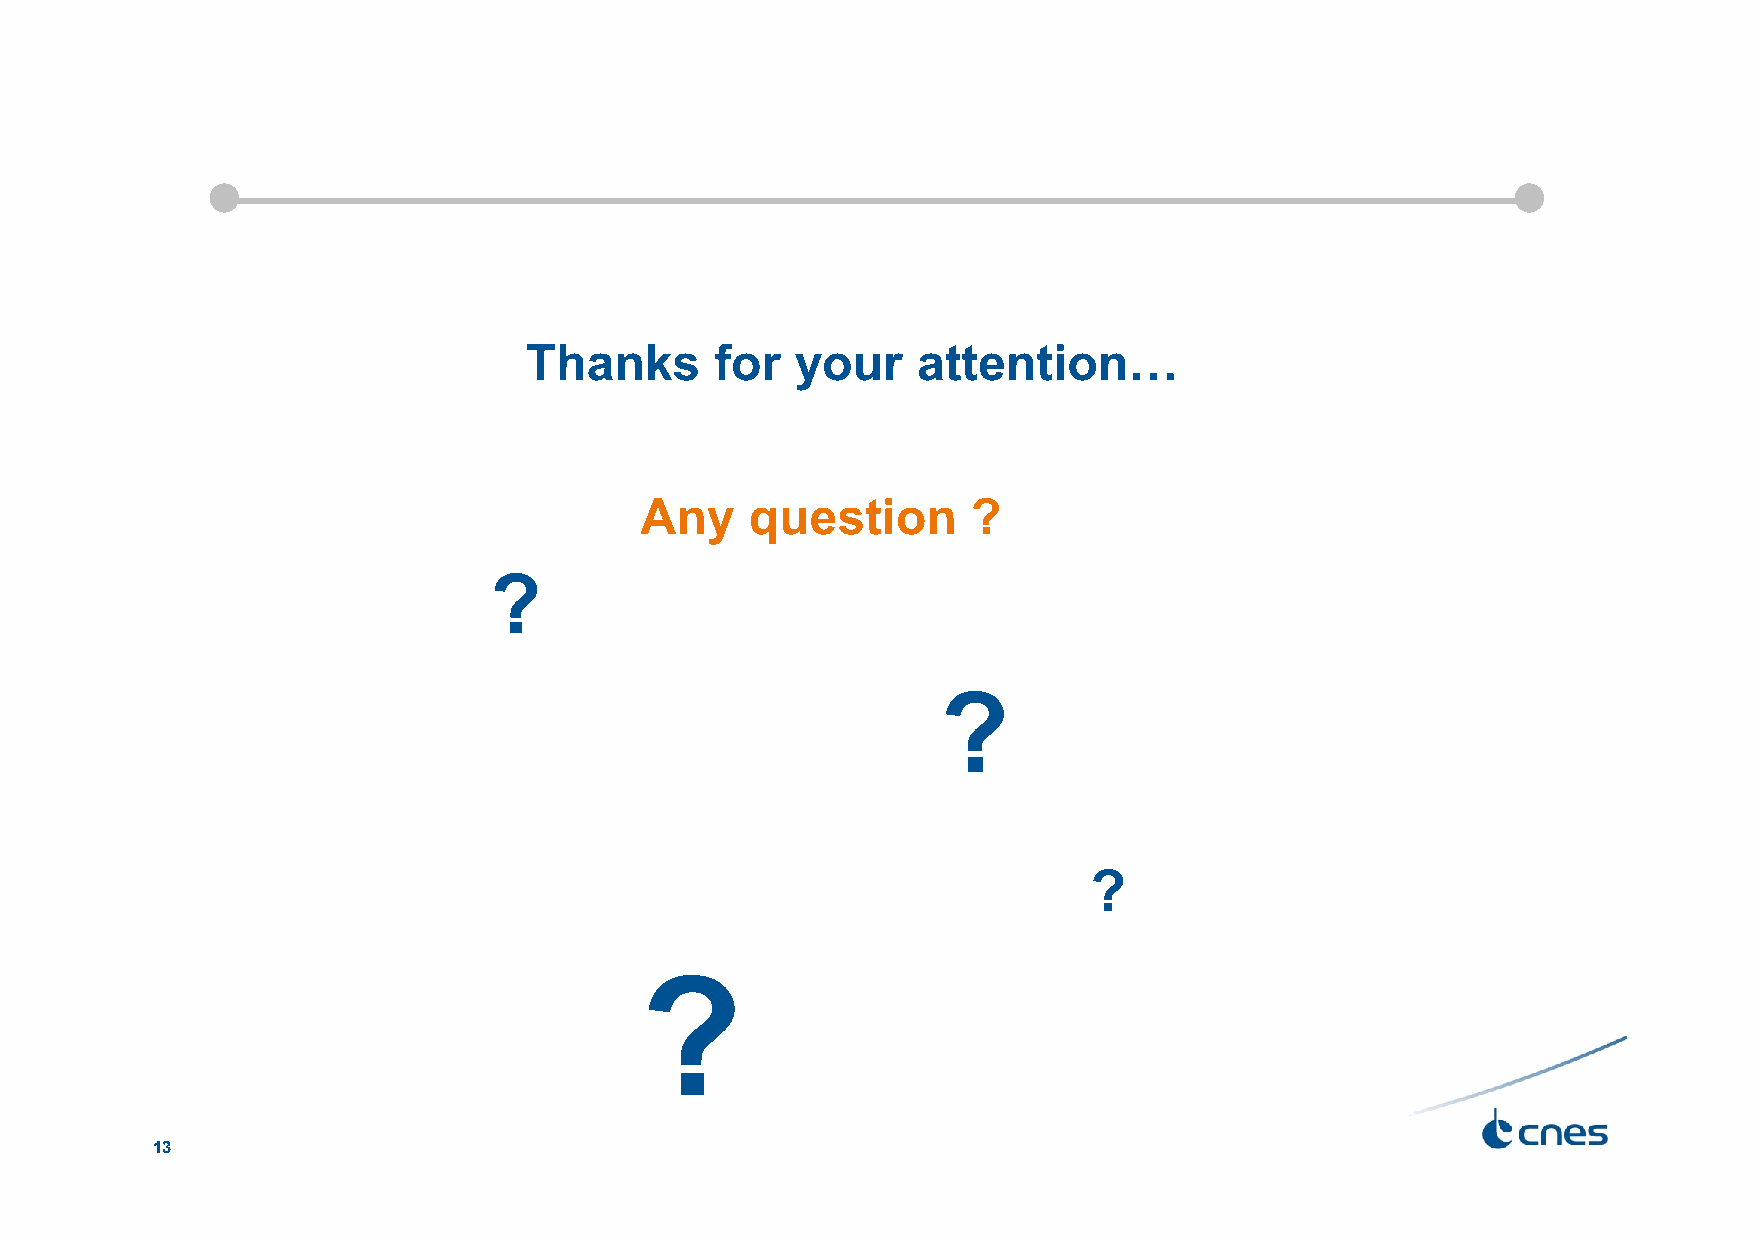
Thanks      for   your    attention…
 Any     question      ?
 ?
 ?
 ?
 ?
 13